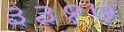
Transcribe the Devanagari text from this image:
३३१७